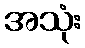
အသုံး